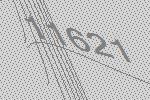
11621